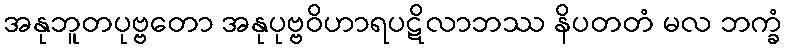
အနုဘူတပုဗ္ဗတော အနုပုဗ္ဗဝိဟာရပဋိလာဘဿ နိပတတံ မလ ဘက္ခံ